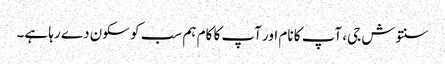
سنتوش جی، آپ کا نام اور آپ کا کام ہم سب کو سکون دے رہا ہے۔